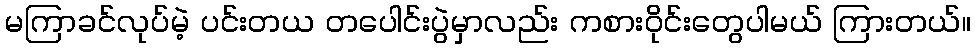
မကြာခင်လုပ်မဲ့ ပင်းတယ တပေါင်းပွဲမှာလည်း ကစားဝိုင်းတွေပါမယ် ကြားတယ်။